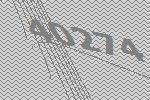
40274